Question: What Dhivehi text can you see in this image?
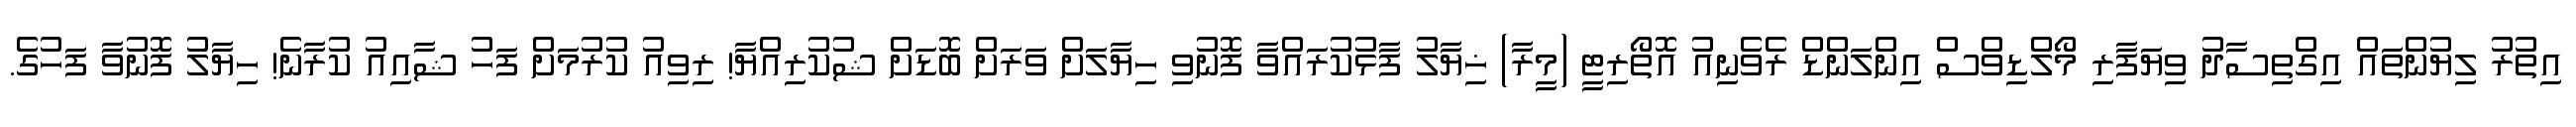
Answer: އިތުރު ލިޔުންތައް އިގްތިސާދު ވިޔަފާރި މޯލްޑިވްސް އިންލަންޑް ރެވެނިއު އޮތޯރިޓީ (މީރާ) ޚިޔާލު ފާޅުކުރައްވާ ފޮނުވި ހިޔާލަށް ވަރަށް ބޮޑަށް ޝުކުރިއްޔާ! ރިވިއު ކުރުމަށް ފަހު ޝާއިއު ކުރާނެ! ހިޔާލު ފޮނުވާ ފަހުގެ.